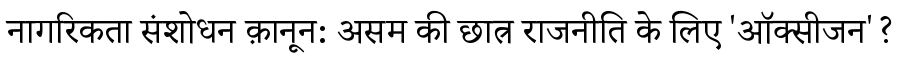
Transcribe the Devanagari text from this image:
नागरिकता संशोधन क़ानून: असम की छात्र राजनीति के लिए 'ऑक्सीजन'?